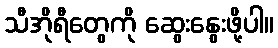
သီအိုရီတွေကို ဆွေးနွေးဖို့ပါ။